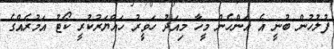
ފުލުހުން ބުނީ އެ އަންހެން މީހާ މިއަދު ހަވީރު ހައްޔަރުކުރީ ކޯޓު އަމުރެއްގެ